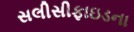
સલીસીફાઇડના